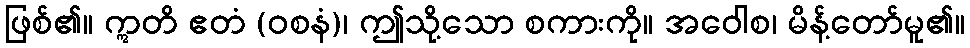
ဖြစ်၏။ ဣတိ ဧတံ (ဝစနံ)၊ ဤသို့သော စကားကို။ အဝေါစ၊ မိန့်တော်မူ၏။